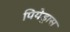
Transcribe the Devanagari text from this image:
पियेड्रास